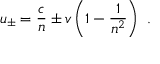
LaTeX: u _ { \pm } = { \frac { c } { n } } \pm v \left( 1 - { \frac { 1 } { n ^ { 2 } } } \right) \ .